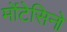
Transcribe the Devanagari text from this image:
मोंटेसिनो